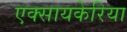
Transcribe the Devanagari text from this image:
एक्सायकेरिया